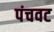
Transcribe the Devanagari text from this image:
पंचवट